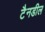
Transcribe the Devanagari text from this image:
टैनडील